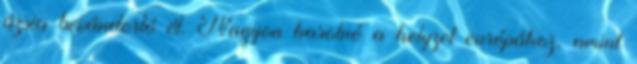
ázsia bevándorló él. Nagyon hasolnó a helyzet európához, amint